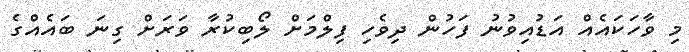
މި ވާހަކައެއް އަޑުއިވުނު ފަހުން ދިވެހި ފިލްމަށް ލޯބިކުރާ ވަރަށް ގިނަ ބައެއްގެ